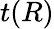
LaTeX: t(R)